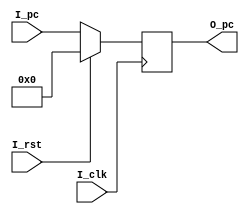
`timescale 1ns / 1ps
//////////////////////////////////////////////////////////////////////////////////
// Company:
// Engineer:
//
// Design Name:
// Module Name: pc
// Project Name:
// Target Devices:
// Tool Versions:
// Description:
//
// Dependencies:
//
// Revision:
// Revision 0.01 - File Created
// Additional Comments:
//
//////////////////////////////////////////////////////////////////////////////////


module pc(

           input I_clk,
           input I_rst,
           input [31:0] I_pc,
           output [31:0] O_pc
       );

reg [31:0] R_pc;

always @ (posedge I_clk) begin
    if (I_rst) begin
        R_pc <= 32'h0;
    end
    else begin
        R_pc<= I_pc;
    end
end
assign O_pc=R_pc;
endmodule